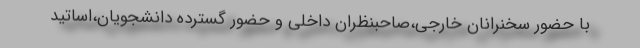
با حضور سخنرانان خارجی،صاحبنظران داخلی و حضور گسترده دانشجویان،اساتید